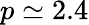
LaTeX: p\simeq 2.4